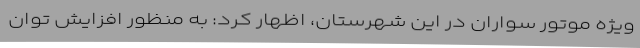
ویژه موتور سواران در این شهرستان، اظهار کرد: به منظور افزایش توان